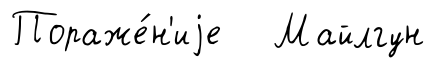
Пораже́н'иjе Майлгун